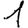
Digit: 1